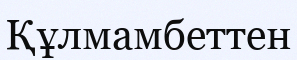
Құлмамбеттен